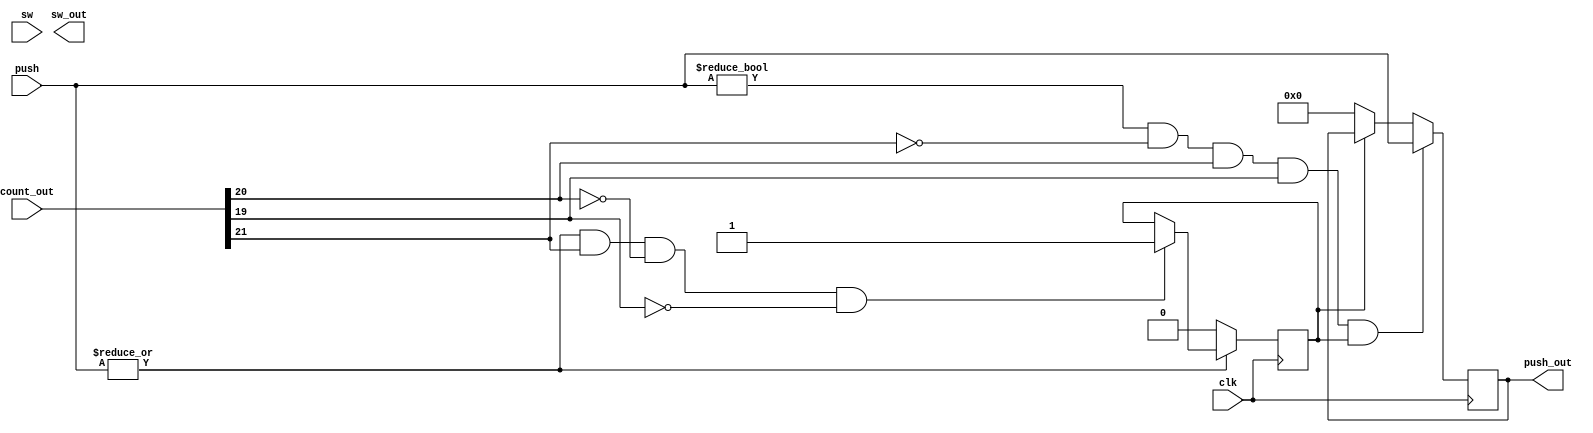
`timescale 1ns / 1ps
//////////////////////////////////////////////////////////////////////////////////
// Company: 
// Engineer: 
// 
// Design Name: 
// Module Name:    key_switch 
// Project Name: 
// Target Devices: 
// Tool versions: 
// Description: 
//
// Dependencies: 
//
// Revision: 
// Revision 0.01 - File Created
// Additional Comments: 
//
//////////////////////////////////////////////////////////////////////////////////
module key_switch(clk, count_out, push, sw, push_out,sw_out);
	parameter COUNTER=26;
	parameter num=21;
	
	input clk;
	input [COUNTER-1:0] count_out;
	input [3:0] push;
	input [7:0] sw;
	output [3:0] push_out;
	output [7:0]sw_out;
	
	wire clk;
	wire [COUNTER-1:0] count_out;
	reg [7:0] direct;
	reg [3:0] push_out;
	reg keydirection;
	
	assign keypush=|push;//push1keypush1

	always@(posedge clk)
		//keydirection0
		if (!keypush)begin
			keydirection<=0;
			direct[7:4]<=push;
		end
		//count_out[21:19]100keydirection1
		else if(keypush && count_out[num]&& count_out[num-1]==0 && count_out[num-2]==0)
			keydirection<=1;
	
	always@(negedge clk)
		//count_out[21:19]011keydirection1
		if (push!=4'b0000 && count_out[num]==0 && count_out[num-1] && count_out[num-2] && keydirection==1)
		begin
			push_out<=push;
			direct[3:0]<=push;
		end
		//keydirection0
		else if(!keydirection)
			push_out<=0;

endmodule